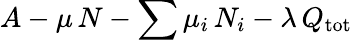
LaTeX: A-\mu\, N-\sum\mu_{i}\, N_{i}-\lambda\, Q_{\mathrm{tot}}